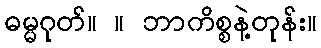
ဓမ္မဂုတ်။ ။ ဘာကိစ္စနဲ့တုန်း။